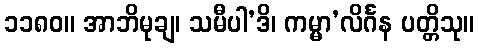
၁၁၈၀။ အာဘိမုချ၊ သမီပါ’ဒိ၊ ကမ္မာ’လိင်္ဂန ပတ္တိသု။